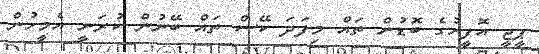
ޕީޖީ އޮފީހުގެ ބޮޑުން ތައް މިފަދަ ކޭސް ތައް ބޭނުން ކުރަނީ އެމީހުން